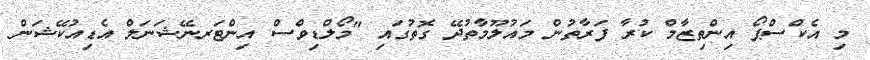
މި އެކްސްޕޯ އިންތިޒާމް ކުރާ ފަރާތުން މައުލޫމާތުދޭ ގޮތުގައި "މޯލްޑިވްސް އިންޓަރނޭޝަނަލް އެޑިއުކޭޝަން